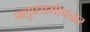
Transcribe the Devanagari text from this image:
पशुप्रथमोपचार